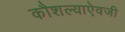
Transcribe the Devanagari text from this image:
कौशल्याऐवजी